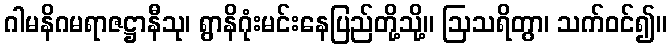
ဂါမနိဂမရာဇဋ္ဌာနီသု၊ ရွာနိဂုံးမင်းနေပြည်တို့သို့။ ဩသရိတွာ၊ သက်ဝင်၍။